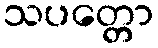
သပတ္တော